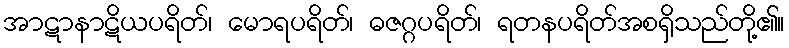
အာဋာနာဋိယပရိတ်၊ မောရပရိတ်၊ ဓဇဂ္ဂပရိတ်၊ ရတနပရိတ်အစရှိသည်တို့၏။